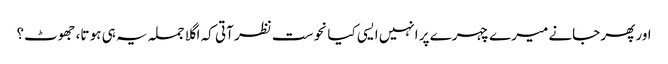
اور پھر جانے میرے چہرے پر انہیں ایسی کیا نحوست نظر آتی کہ اگلا جملہ یہ ہی ہو تا، جھوٹ؟